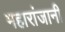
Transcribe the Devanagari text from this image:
महारांजानी